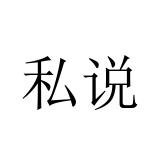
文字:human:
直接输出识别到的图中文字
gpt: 私说